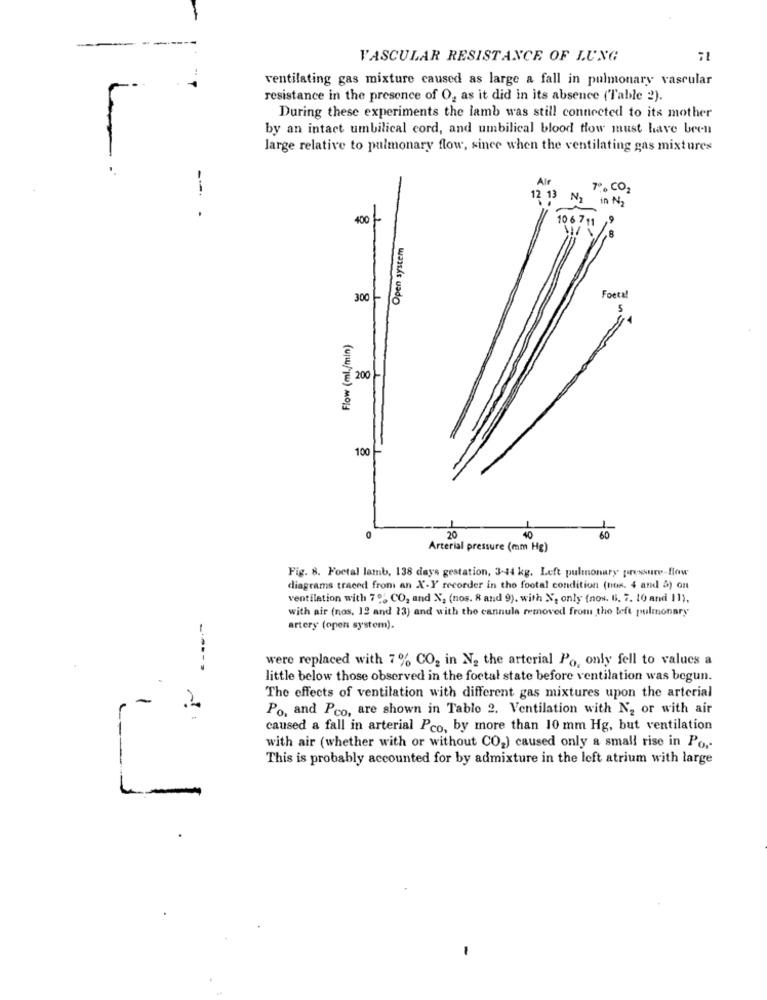
1:
VASCULAR RESISTANCE OF LUNG
ventilating gas mixture caused as large a fall in pulmonary vascular
resistance in the presence of O, as it did in its absence ('Table 2).
During these experiments the lamb was still connected to its mother
by an intact umbilical cord, and umbilical blood flow must have been
large relative to pulmonary flow, since when the ventilating gas mixtures
7% CO2
in N
400-
10 6 7
Open system
300-
Foetal
Flow (ml./min)
E 200
100 -
20
40
60
Arterial pressure (mm Hg)
Fig. 8. Fortal lamb, 138 days gestation, 3-44 kg. Left pulmonary pressure-flow
diagrams traced from an X-Y recorder in the footal condition (non. 4 and 5) on
ventilation with 70% CO, and X, (nos. 8 and 9). with N, only (now. 6. 7. to and 11).
with air (nos. 12 and 13) and with the cannula removed from the left pulmonary
artery (open system).
were replaced with 7% CO2 in N2 the arterial Po, only fell to values a
little below those observed in the foetal state before ventilation was begun.
The effects of ventilation with different gas mixtures upon the arterial
Po, and Pco, are shown in Table 2. Ventilation with N2 or with air
caused a fall in arterial Pco, by more than 10 mm Hg, but ventilation
with air (whether with or without CO2) caused only a small rise in Po ..
This is probably accounted for by admixture in the left atrium with large